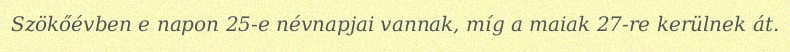
Szökőévben e napon 25-e névnapjai vannak, míg a maiak 27-re kerülnek át.